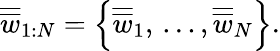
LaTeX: \overline{{\overline{{w}}}}_{1:N}=\left\{ \overline{{\overline{{w}}}}_{1},\, ...,\overline{{\overline{{w}}}}_{N}\right\} .